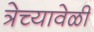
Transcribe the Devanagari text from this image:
त्रेच्यावेळी